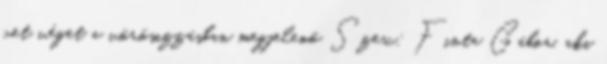
vet véget a vörösizzásban megjelenő Szex: Finta Gábor, aki